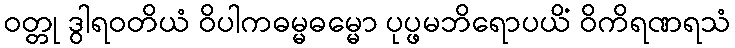
ဝတ္တု ဒွါရဝတိယံ ဝိပါကဓမ္မဓမ္မော ပုပ္ဖမဘိရောပယိံ ဝိကိရဏရသံ